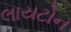
લાયટોન